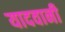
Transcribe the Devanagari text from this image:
यादवानी